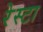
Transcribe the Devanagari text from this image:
रेस्टा